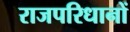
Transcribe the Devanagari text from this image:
राजपरिधानों